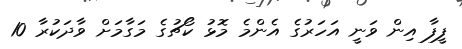
ފީފާ އިން ވަނީ އަހަރުގެ އެންމެ މޮޅު ކޯޗުގެ މަގާމަށް ވާދަކުރާ 10